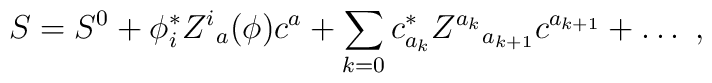
S=S^0+\phi ^*_i Z^i{}_{a}(\phi ) c^a+\sum_{k=0}c^*_{a_k}Z^{a_k}{}_{a_{k+1}}c^{a_{k+1}}+\ldots \ ,